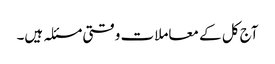
آج کل کے معاملات وقتی مسئلہ ہیں۔